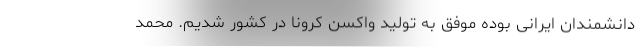
دانشمندان ایرانی بوده موفق به تولید واکسن کرونا در کشور شدیم. محمد